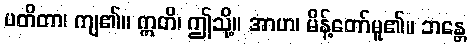
ပတိတာ၊ ကျ၏။ ဣတိ၊ ဤသို့။ အာဟ၊ မိန့်တော်မူ၏။ ဘန္တေ